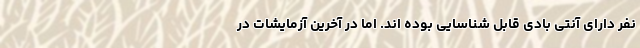
نفر دارای آنتی بادی قابل شناسایی بوده اند. اما در آخرین آزمایشات در